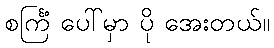
စင်္ကြံ ပေါ်မှာ ပို အေးတယ်။